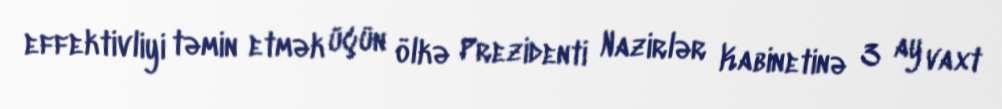
effektivliyi təmin etmək üçün ölkə Prezidenti Nazirlər Kabinetinə 3 ay vaxt